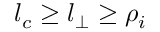
l _ { c } \geq l _ { \perp } \geq \rho _ { i }